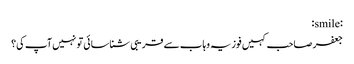
:smile:
جعفر صاحب کہیں فوزیہ وہاب سے قریبی شناسائی تو نہیں آپ کی؟